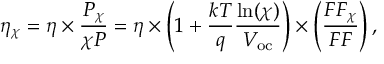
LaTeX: \eta _ { \chi } = \eta \times { \frac { P _ { \chi } } { \chi P } } = \eta \times \left( { 1 + { \frac { k T } { q } } } { \frac { \ln ( \chi ) } { V _ { \mathrm { o c } } } } \right) \times \left( { \frac { F F _ { \chi } } { F F } } \right) ,